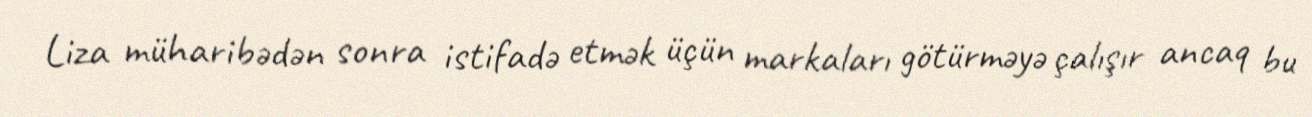
Liza müharibədən sonra istifadə etmək üçün markaları götürməyə çalışır ancaq bu